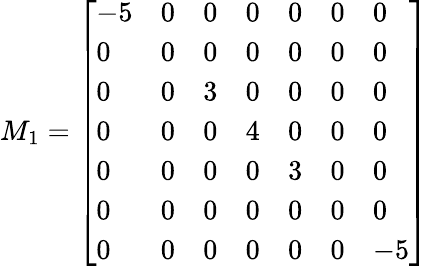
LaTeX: M_{1}=\left[\begin{array}{lllllll}{-5}&{0}&{0}&{0}&{0}&{0}&{0}\\ {0}&{0}&{0}&{0}&{0}&{0}&{0}\\ {0}&{0}&{3}&{0}&{0}&{0}&{0}\\ {0}&{0}&{0}&{4}&{0}&{0}&{0}\\ {0}&{0}&{0}&{0}&{3}&{0}&{0}\\ {0}&{0}&{0}&{0}&{0}&{0}&{0}\\ {0}&{0}&{0}&{0}&{0}&{0}&{-5}\end{array}\right]